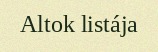
Altok listája